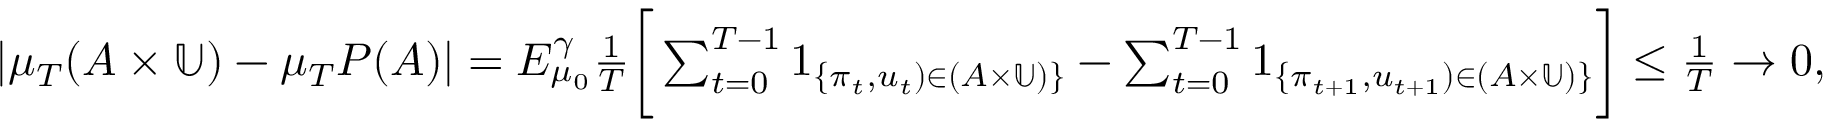
\begin{array} { r } { | \mu _ { T } ( A \times \mathbb { U } ) - \mu _ { T } P ( A ) | = E _ { \mu _ { 0 } } ^ { \gamma } { \frac { 1 } { T } } \bigg [ \sum _ { t = 0 } ^ { T - 1 } 1 _ { \{ \pi _ { t } , u _ { t } ) \in ( A \times \mathbb { U } ) \} } - \sum _ { t = 0 } ^ { T - 1 } 1 _ { \{ \pi _ { t + 1 } , u _ { t + 1 } ) \in ( A \times \mathbb { U } ) \} } \bigg ] \leq { \frac { 1 } { T } } \to 0 , } \end{array}